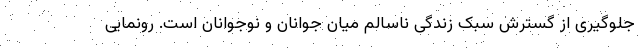
جلوگیری از گسترش سبک زندگی ناسالم میان جوانان و نوجوانان است. رونمایی